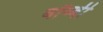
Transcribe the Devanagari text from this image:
बॉब्बी